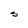
Character: S